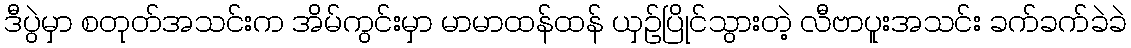
ဒီပွဲမှာ စတုတ်အသင်းက အိမ်ကွင်းမှာ မာမာထန်ထန် ယှဉ်ပြိုင်သွားတဲ့ လီဗာပူးအသင်း ခက်ခက်ခဲခဲ